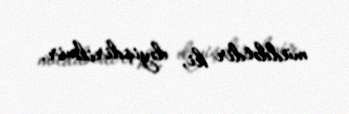
müddətdir ki, dəyişdirilmir.